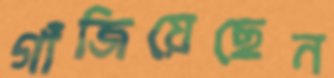
গাঁজিয়েছেন